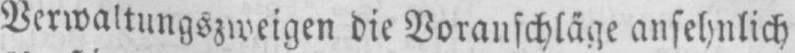
Verwaltungszweigen die Voranschläge ansehnlich